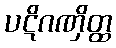
ပဋိဂဏှိတ္ထ